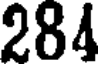
284